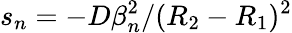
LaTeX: s_{n}=-D\beta_{n}^{2}/(R_{2}-R_{1})^{2}